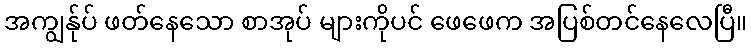
အကျွန်ုပ် ဖတ်နေသော စာအုပ် များကိုပင် ဖေဖေက အပြစ်တင်နေလေပြီ။